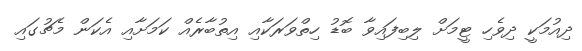
ދިއުމަކީ ދިވެހި ޓީމަށް ލިބިފައިވާ ބޮޑު ހިތްވަރަކާއި އިތުބާރެއް ކަމަށާއި އެކަން މެޗުގައި